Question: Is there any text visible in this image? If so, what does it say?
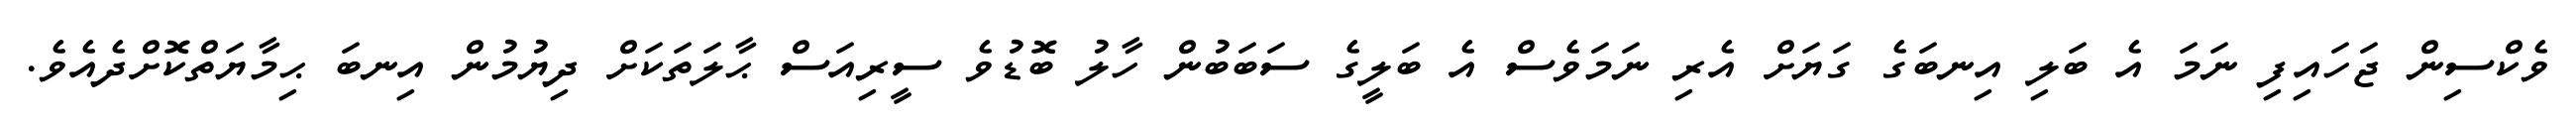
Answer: ވެކްސިން ޖަހައިފި ނަމަ އެ ބަލި އިނބަގެ ގަޔަށް އެރި ނަމަވެސް އެ ބަލީގެ ސަބަބުން ހާލު ބޮޑުވެ ސީރިއަސް ޙާލަތަކަށް ދިޔުމުން އިނބަ ޙިމާޔަތްކޮށްދެއެވެ.